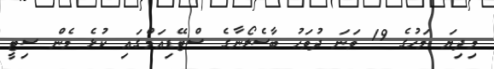
މިދިޔަ މަހުގެ 19 ވަނަ ދުވަހު ބާސެލޯނާގެ ސްޓޭޑިއަމްގައި ކުޅެ މެން ސިޓީ